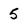
Character: 5